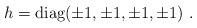
LaTeX: \begin{align*}h = {\rm diag} ( \pm 1, \pm 1, \pm 1, \pm 1 )\ . \end{align*}